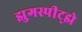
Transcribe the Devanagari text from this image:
झुगस्पीट्झे